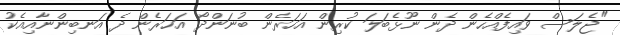
"ޖެލަސް ވައިފެއްހެން ދެން ނޫޅެބަލަ ކުރިން އަހަރެން ބުނަންދޯ އަހަރެން ދެ އަނބިންނާއިއެކު